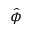
\hat { \phi }